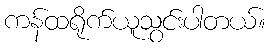
ကန်ထရိုက်ယူသွင်းပါတယ်။